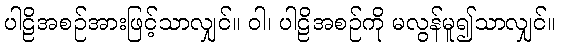
ပါဠိအစဉ်အားဖြင့်သာလျှင်။ ဝါ၊ ပါဠိအစဉ်ကို မလွန်မူ၍သာလျှင်။